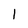
Character: 1